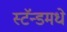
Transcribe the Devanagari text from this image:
स्टॅन्डमधे